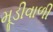
મૂડીવાળી